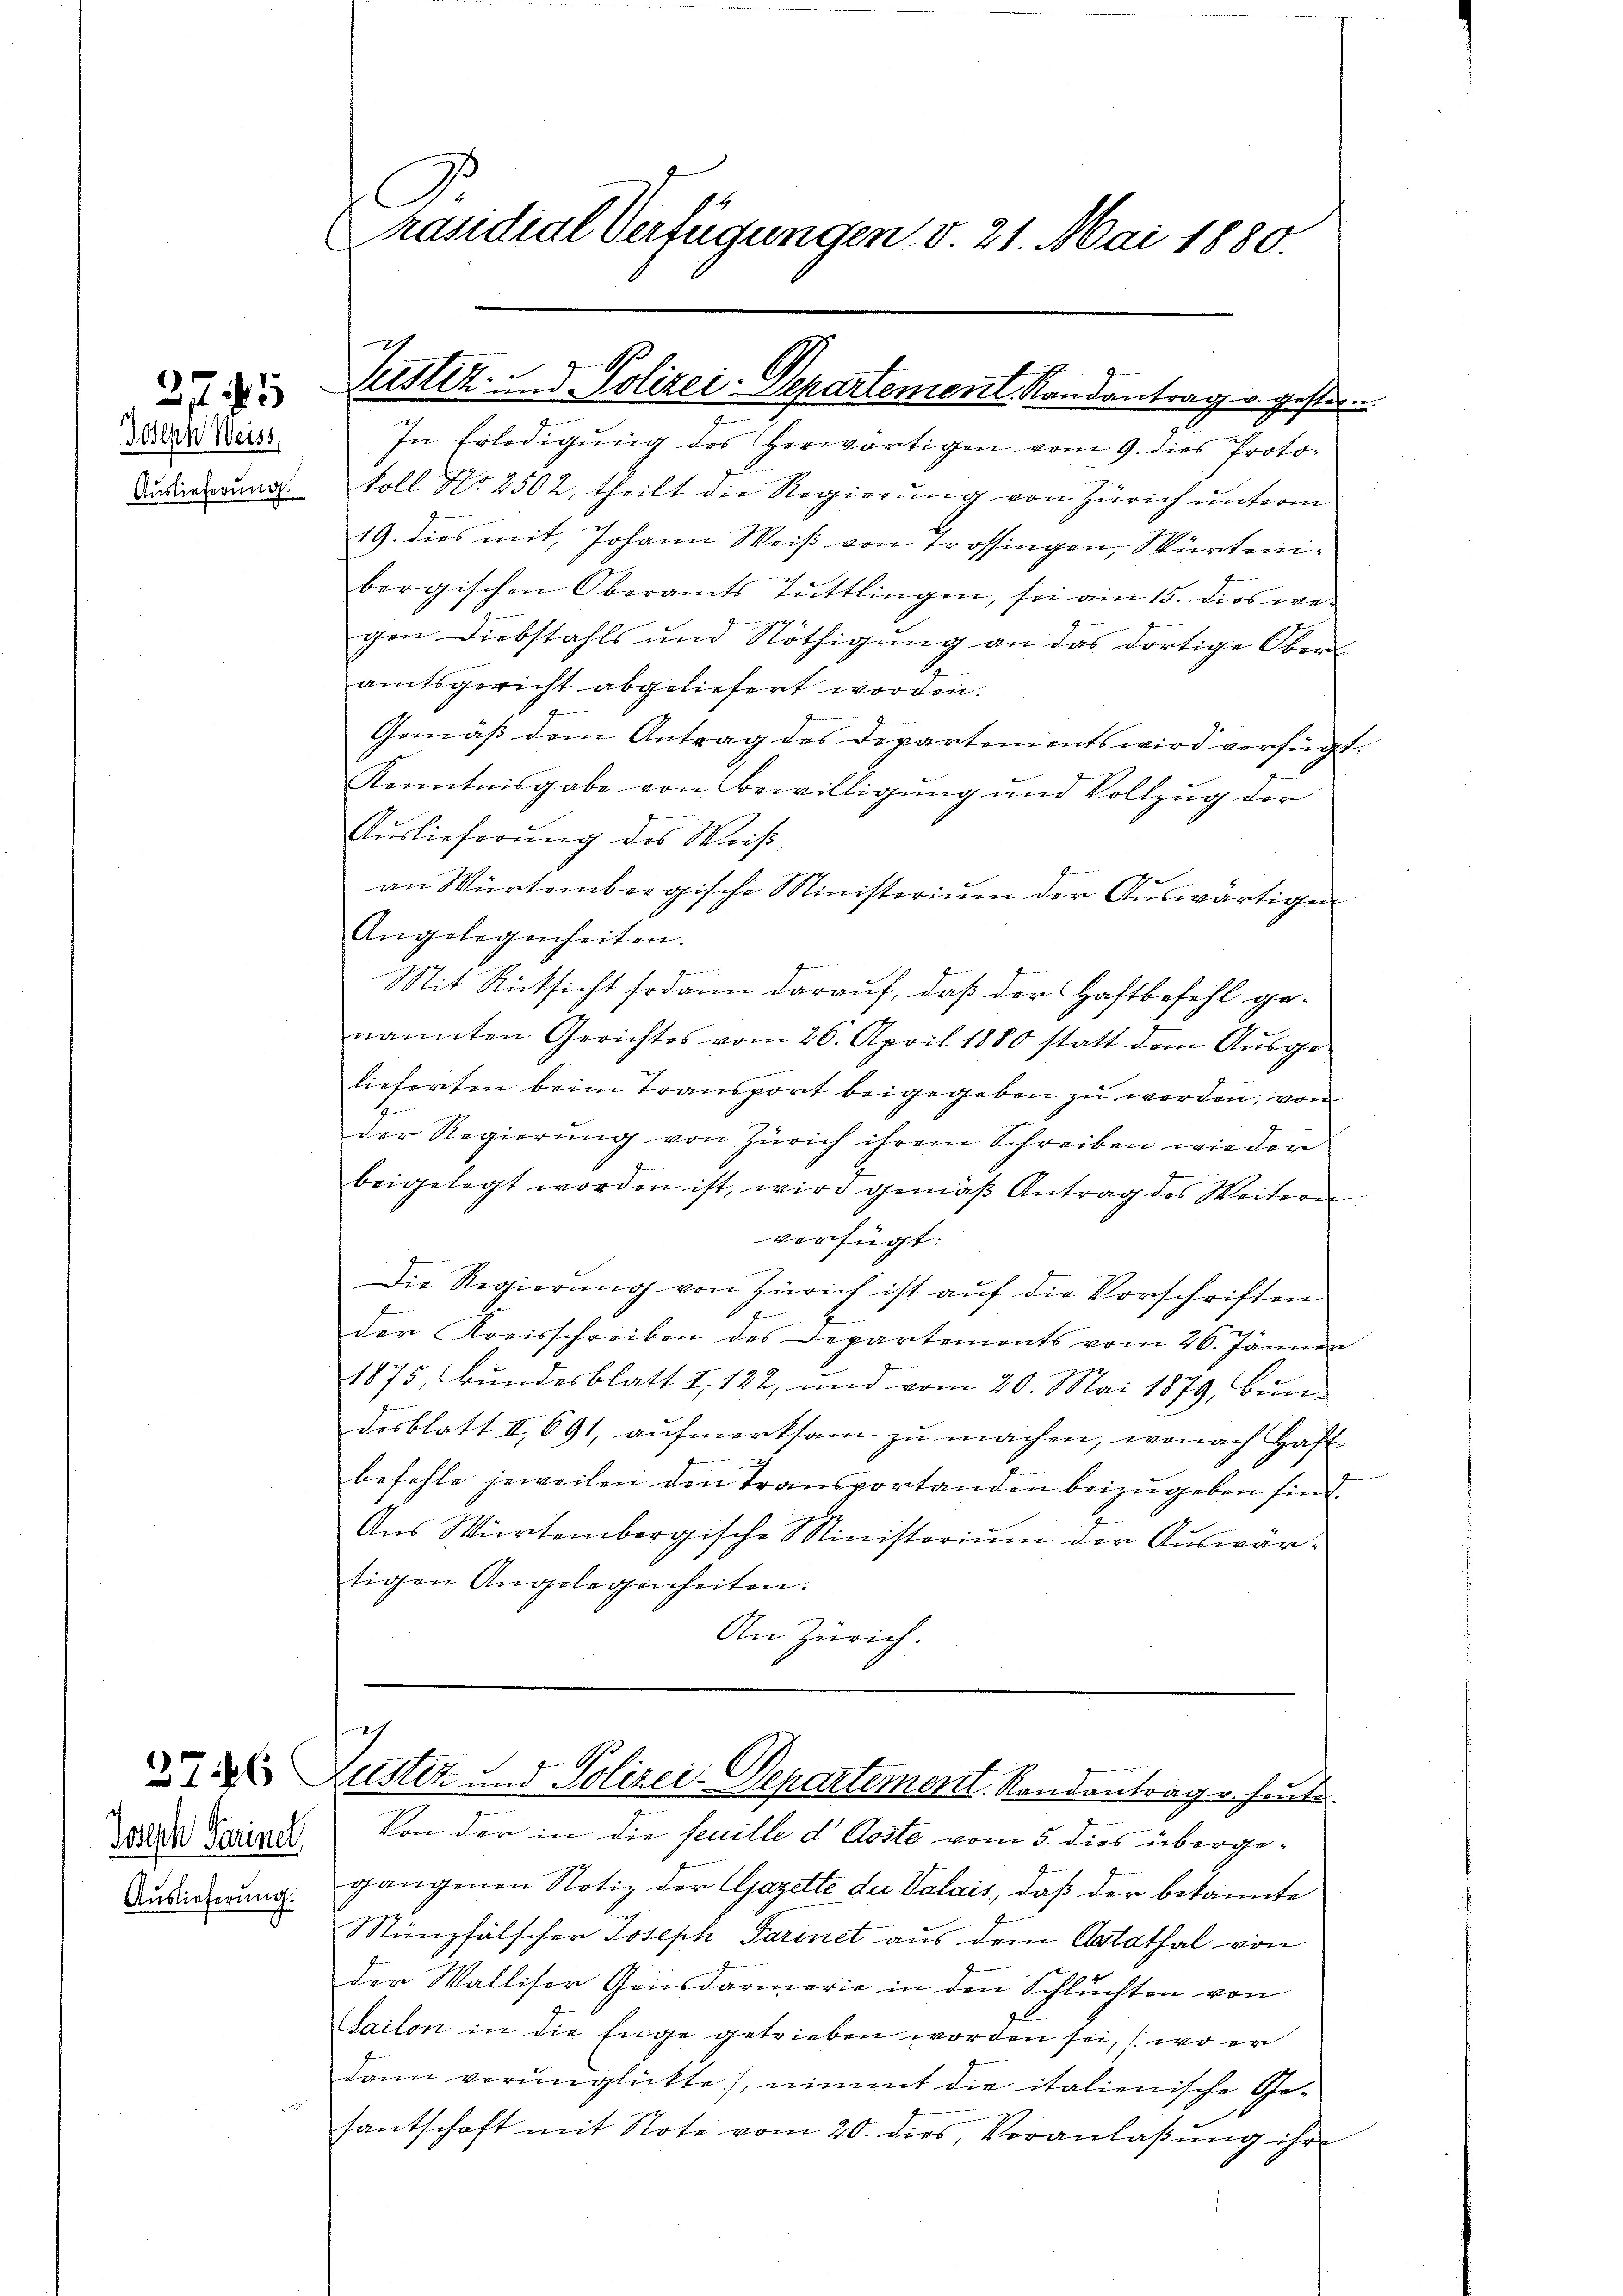
Joseph Weiss,
Auslieferung.

275

76

Joseph Parinel
Auslieferung.

räsidial Verfügungen v. 21. Mai 1880.

In Erledigung des herwärtigen vom 9. dies Protokoll No 2502, theilt die Regierŭng von Zürich ŭnterm
19. dies mit, Johann Weiß von Trossingen, Würtenibergischen Oberamts Tuttlingen, sei am 15. dies wegen Diebstahls und Nöthigung an das dortige Oberamtsgericht abgeliefert worden.
Gemäß dem Antrag des Departements wird verfügt:
Kenntnisgabe von Bewilligung und Vollzug der
Aŭslieferŭng des Weiβ,
an Würtembergische Ministerium der Auswärtigen
Angelegenheiten.
Reren unter
Mit Rücksicht sodann darauf, daß der Haftbefehl genannten Gerichtes vom 26. April 1880 statt dem Ausgemur mir
lieferten beim Transport beigegeben zu werden, von
Der Regierŭng von Zürich ihrem Schreiben wieder
beigelegt worden ist, wird gemäβ Antrag des Weitern
verfügt:
Die Regierung von Zürich ist auf die Vorschriften
der Kreisschreiben des Departemonts vom 26. Jänner
1875, Bundesblatt I 122, und vom 20. Mai 1879, Bundosblatt II 691, aufmerksam zu machen, wonach Haft
befehle jeweilen den Transportanden beizugeben sind.
Aus Würtembergische Ministerium der Auswartigen Angelegenheiten.
An Zürich.

Justiz- u. Polizei: Departement Randantrag v. gestion.

ch
Zustiz und Polizei-Departement. Randantrag v. heute.

Von der in die feuille d Aoste vom 5. dies übergegangenen Notiz der Gazette du Valais, daß der bekannte
Münzfälscher Joseph Parinet aus dem Aatathal von
der Walliser Gensdarmerie in den Schluchten von
aiton in die Enge getrieben worden sei, (wo er
dann verŭnglückte, nimmt die italienische Ge-
santschaft mit Note vom 20. dies, Veranlaßung ihre